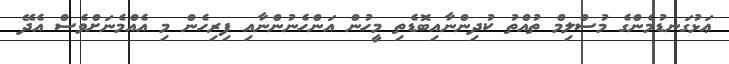
ޢަޅުގަނޑުމެންގެ މުސްލިމް ތުއްތު ކުދިންނާއިބޮޑެތި މީހުން އަންހެނުންނާއި ފިރިހެން މި އެއްމެނަށްވެސް އެދޭ